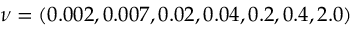
\nu = ( 0 . 0 0 2 , 0 . 0 0 7 , 0 . 0 2 , 0 . 0 4 , 0 . 2 , 0 . 4 , 2 . 0 )